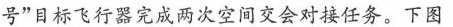
号”目标飞行器完成两次空间交会对接任务。下图